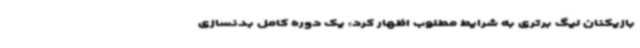
بازیکنان لیگ برتری به شرایط مطلوب اظهار کرد: یک دوره کامل بدنسازی